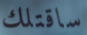
ساقتلك